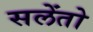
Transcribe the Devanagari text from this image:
सलेंतो